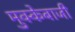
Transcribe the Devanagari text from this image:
मुक्‍केबाजी